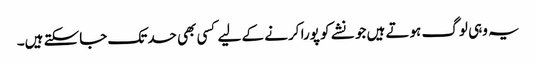
یہ وہی لوگ ہوتے ہیں جو نشے کو پورا کرنے کے لیے کسی بھی حدتک جاسکتے ہیں۔